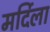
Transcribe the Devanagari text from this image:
मर्दिला